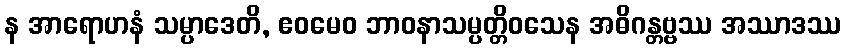
န အာရောဟနံ သမ္ပာဒေတိ, ဧဝမေဝ ဘာဝနာသမ္ပတ္တိဝသေန အဓိဂန္တဗ္ဗဿ အဿာဒဿ